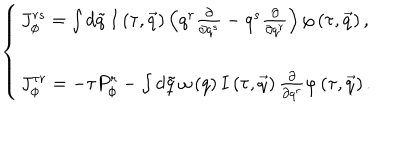
LaTeX: \left\{ \begin{array} { l } { { J _ { \phi } ^ { r s } = \int d \tilde { q } \, I \left( \tau , \vec { q } \right) \left( q ^ { r } \frac \partial { \partial q ^ { s } } - q ^ { s } \frac \partial { \partial q ^ { r } } \right) \varphi \left( \tau , \vec { q } \right) , } } \\ { { J _ { \phi } ^ { \tau r } = - \tau P _ { \phi } ^ { r } - \int d \tilde { q } \, \omega \left( q \right) I \left( \tau , \vec { q } \right) \frac \partial { \partial q ^ { r } } \varphi \left( \tau , \vec { q } \right) . } } \\ \end{array} \right.